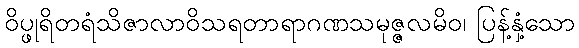
ဝိပ္ဖုရိတရံသိဇာလာဝိသရတာရာဂဏသမုဇ္ဇလမိဝ၊ ပြန့်နှံ့သော